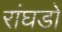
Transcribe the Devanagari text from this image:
रांघडों